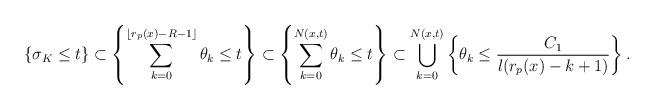
LaTeX: \begin{align*}\{\sigma_K\leq t\}&\subset \left\{\sum_{k=0}^{\lfloor r_p(x)-R-1\rfloor }\theta_k\leq t \right\}\subset \left\{\sum_{k=0}^{N(x,t)}\theta_k\leq t \right\}\subset \bigcup_{k=0}^{N(x,t)}\left\{\theta_k\leq \frac{C_1}{l(r_p(x)-k+1)} \right\}.\end{align*}